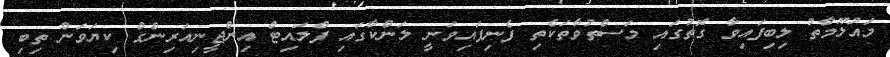
މައުލޫމާތު ލިބިފައިވާ ގޮތުގައި މަސްތުވާތަކެތި ފެނިފައިވަނީ ލަންކާގައި ފްލައިޓް އިންޖީނިއަރިންގް ކިޔަވަން ތިބި